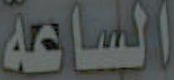
الساعة